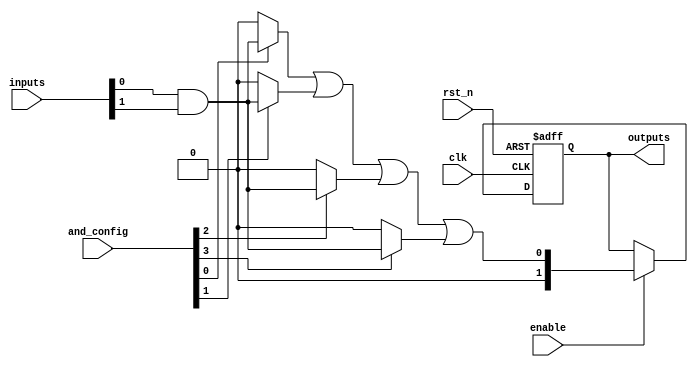
module RPAL #(
    parameter NUM_INPUTS = 4,      // Define number of inputs
    parameter NUM_AND_TERMS = 4,    // Define number of AND product terms
    parameter NUM_OUTPUTS = 2       // Define number of outputs
)(
    input  wire [NUM_INPUTS-1:0]  inputs,      // Input signals
    input  wire [NUM_AND_TERMS-1:0] and_config, // Configurable AND array signals
    input  wire                   clk,          // Clock signal
    input  wire                   rst_n,        // Active-low reset
    input  wire                   enable,       // Enable signal for registers
    output reg  [NUM_OUTPUTS-1:0] outputs        // Output signals
);

    // Intermediate signals for AND terms
    wire [NUM_AND_TERMS-1:0] and_terms; // Output of AND array
    wire [NUM_OUTPUTS-1:0] or_output;    // Output of OR array

    // Programmable AND Array
    generate
        genvar i;
        for (i = 0; i < NUM_AND_TERMS; i = i + 1) begin: and_block
            assign and_terms[i] = and_config[i] ? (inputs[0] & inputs[1]) : 1'b0;
        end
    endgenerate

    // Fixed OR Array
    assign or_output = and_terms[0] | and_terms[1] | and_terms[2] | and_terms[3];

    // Registers to store outputs
    always @(posedge clk or negedge rst_n) begin
        if (!rst_n) begin
            outputs <= 0;  // Reset outputs
        end else if (enable) begin
            outputs <= or_output;  // Latch output
        end
    end

endmodule